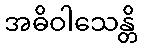
အဓိဝါသေန္တိ